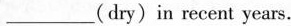
___(dry)in recent years.